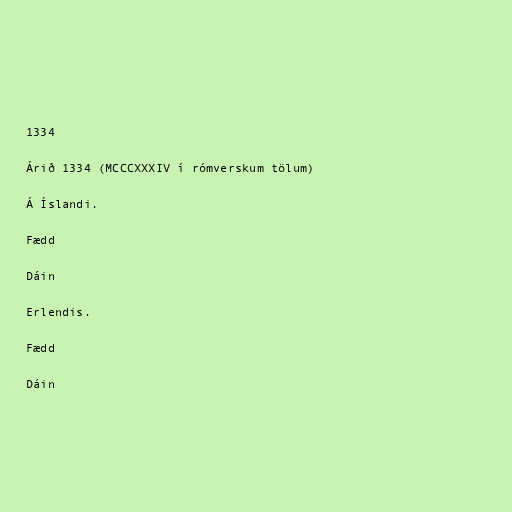
1334

Árið 1334 (MCCCXXXIV í rómverskum tölum)

Á Íslandi.

Fædd

Dáin

Erlendis.

Fædd

Dáin